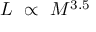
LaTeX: \begin{array} { l } { L \ \propto \ M ^ { 3 . 5 } } \end{array}